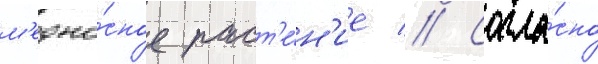
м'едоно́сное раст'е́н'ие // Согла́сно